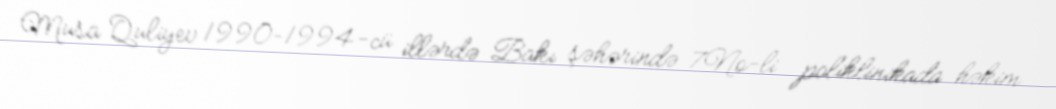
Musa Quliyev 1990–1994-cü illərdə Bakı şəhərində 7№-li poliklinikada həkim